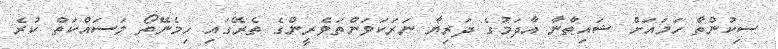
ސިކުންތާ ހަމައަށް ޝައިޠާނާ އާދަމުގެ ދަރިޔާ ނަރަކަވަންތަވެރީންގެ ތެރޭގައި ހިމެނޭތޯ މަސައްކަތް ކުރެ